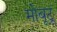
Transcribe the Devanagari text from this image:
मोबूटू